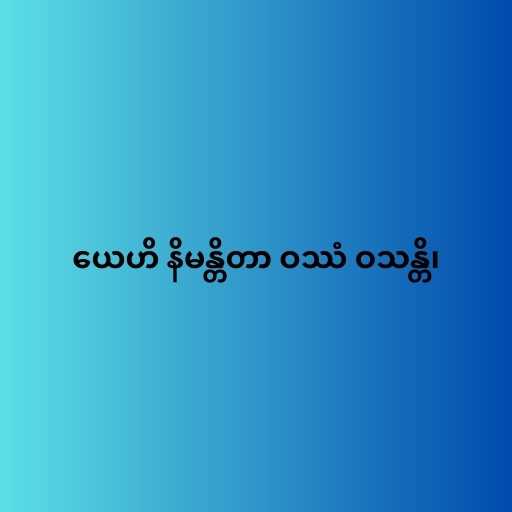
ယေဟိ နိမန္တိတာ ဝဿံ ဝသန္တိ၊